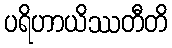
ပရိဟာယိဿတီတိ